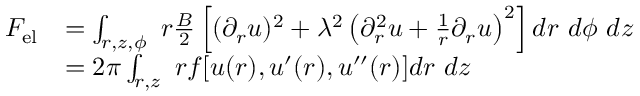
\begin{array} { r l } { { F } _ { \mathrm { { e l } } } } & { = \int _ { r , z , \phi } \ r \frac { B } { 2 } \left[ ( \partial _ { r } u ) ^ { 2 } + \lambda ^ { 2 } \left( \partial _ { r } ^ { 2 } u + \frac { 1 } { r } \partial _ { r } u \right) ^ { 2 } \right] d r \ d \phi \ d z } \\ & { = 2 \pi \int _ { r , z } \ r f [ u ( r ) , u ^ { \prime } ( r ) , u ^ { \prime \prime } ( r ) ] d r \ d z } \end{array}